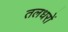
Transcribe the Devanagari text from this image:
तलधरों